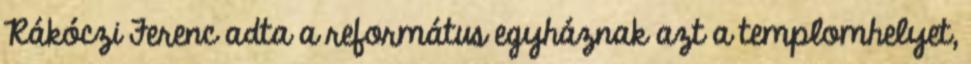
Rákóczi Ferenc adta a református egyháznak azt a templomhelyet,